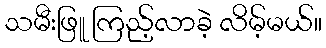
သမီးဖြူ ကြည့်လာခဲ့ လိမ့်မယ်။